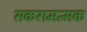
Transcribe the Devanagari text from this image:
सकरामत्मक